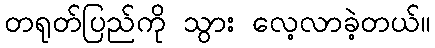
တရုတ်ပြည်ကို သွား လေ့လာခဲ့တယ်။